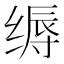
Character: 缛